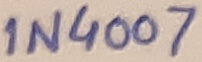
Text: 1N4007